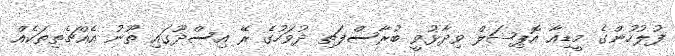
ފުލުހުންގެ މީޑިއާ އޮޕިޝަލް ވިދާޅުވީ ބުރާސްފަތި ދުވަހުގެ ރޭ އިސްދޫގައި ތޫނު އެއްޗެތިތަކެއް